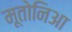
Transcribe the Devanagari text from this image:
मूतोनिआ